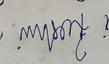
Signature authenticity: forged